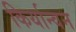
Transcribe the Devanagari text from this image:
किर्यान्वन